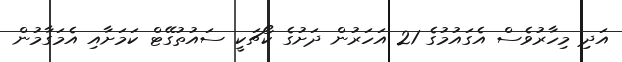
އަދި މިހާރުވެސް އެގައުމުގެ 21 އަހަރުން ދަށުގެ ކޯޗަކީ ސައުތުގޭޓް ކަމަށާއި އެމަގާމުން